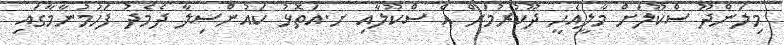
މިލަންދޫ ސްކޫލަށް މާލީއެހީ ދޫކުރުމަށް އެ ސްކޫލާއި ށ.އަތޮޅު ކައުންސިލާ ދެމެދު ފަހުމުނާމާގައި